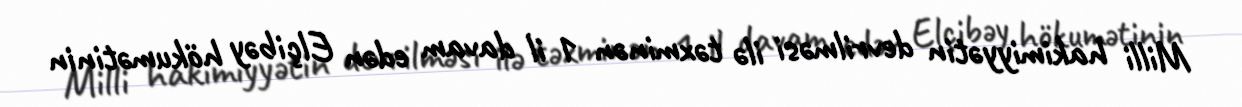
Milli hakimiyyətin devrilməsi ilə təxminən 1 il davam edən Elçibəy hökumətinin